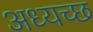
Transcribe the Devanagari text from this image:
अध्यच्छ